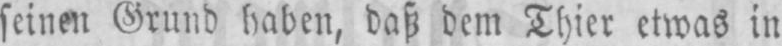
seinen Grund haben, daß dem Thier etwas in